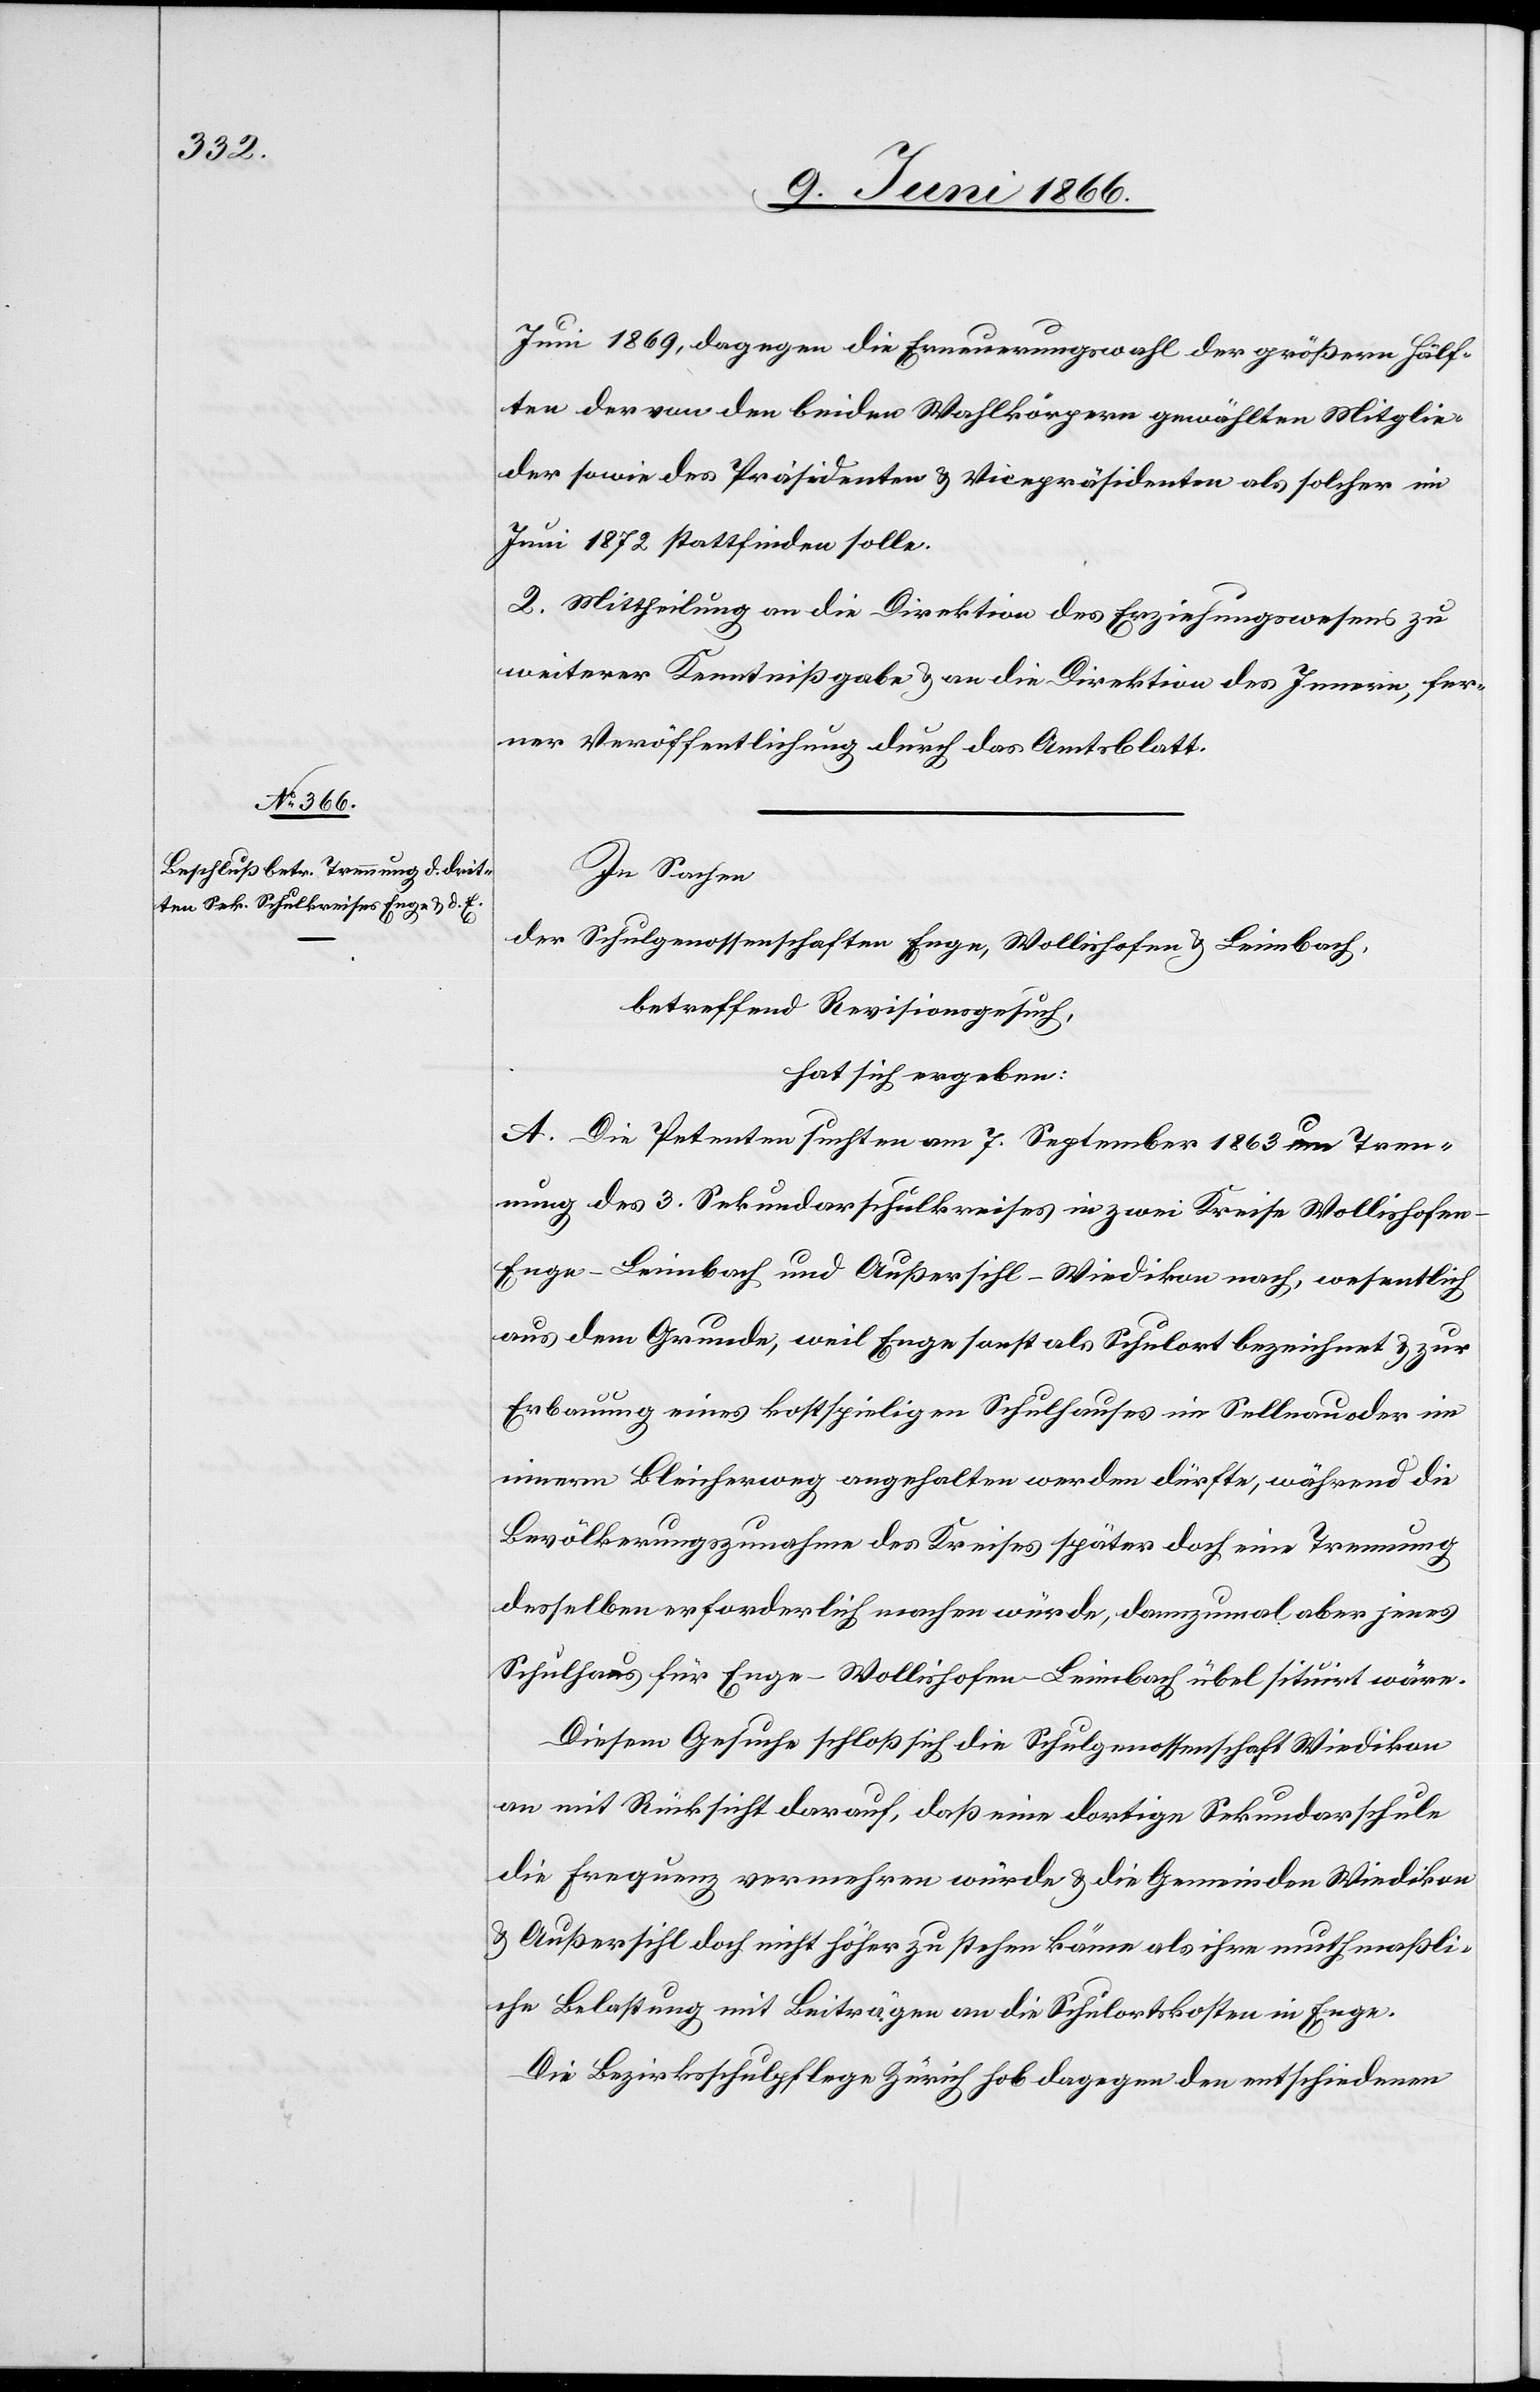
Juni 1869, dagegen die Erneuerungswahl der größern Hälf¬
ten der von den beiden Wahlkörpern gewählten Mitglie¬
der sowie des Präsidenten u. Vicepräsidenten als solcher im
Juni 1872 stattfinden solle.
2. Mittheilung an die Direktion des Erziehungswesens zu
weiterer Kenntnißgabe u. an die Direktion des Innern, fer¬
ner Veröffentlichung durch das Amtsblatt.
In Sachen
der Schulgenossenschaften Enge, Wollishofen u. Leimbach,
betreffend Revisionsgesuch,
hat sich ergeben:
A. Die Petenten suchten am 7. September 1863 um Tren¬
nung des 3. Sekundarschulkreises in zwei Kreise Wollishofe¬
n-Enge-Leimbach und Außersihl-Wiedikon nach, wesentlich
aus dem Grunde, weil Enge sonst als Schulort bezeichnet u. zur
Erbauung eines kostspieligen Schulhauses im Sellnau oder im
innern Bleicherweg angehalten werden dürfte, während die
Bevölkerungszunahme des Kreises später doch eine Trennung
desselben erforderlich machen würde, dannzumal aber jenes
Schulhaus für Enge-Wollishofen-Leimbach übel situirt wäre.
Diesem Gesuche schloß sich die Schulgenossenschaft Wiedikon
an mit Rücksicht darauf, daß eine dortige Sekundarschule
die Frequenz vermehren würde u. die Gemeinden Wiedikon
u. Außersihl doch nicht höher zu stehen kämen als ihre muthmaßli¬
che Belastung mit Beiträgen an die Schulortskosten in Enge.
Die Bezirksschulpflege Zürich hob dagegen den entschiedenen